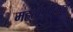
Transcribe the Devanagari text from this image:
महत्वपुर्णभाग